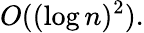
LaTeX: O((\log n)^{2}).